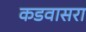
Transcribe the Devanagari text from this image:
कडवासरा